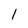
Character: l